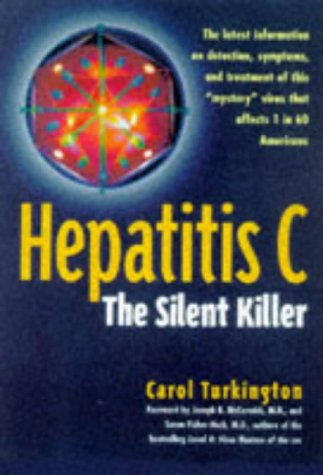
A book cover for Hepatitis C: The Silent Killer; Carol Turkington; Health, Fitness & Dieting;